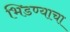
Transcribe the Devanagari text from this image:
भिडण्याचा